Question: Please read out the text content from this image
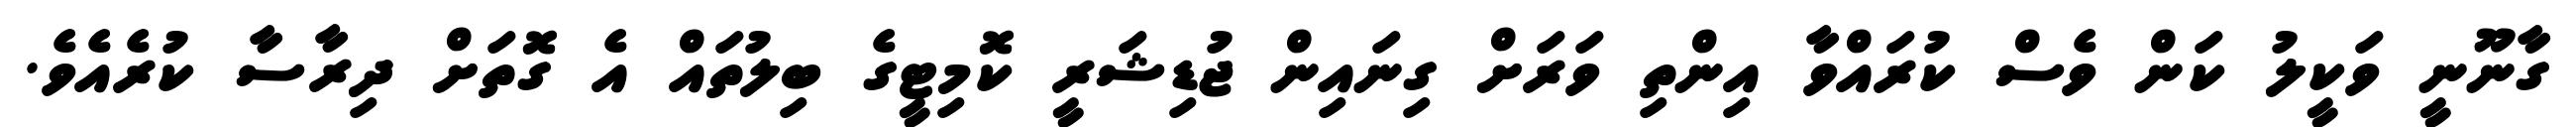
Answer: ގާނޫނީ ވަކީލު ކަން ވެސް ކުރައްވާ އިންތި ވަރަށް ގިނައިން ޖުޑިޝަރީ ކޮމިޓީގެ ބިލުތައް އެ ގޮތަށް ދިރާސާ ކުރެއެވެ.